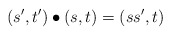
\begin{align*}(s',t') \bullet (s,t) = (ss',t)\end{align*}